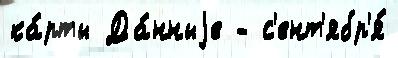
ка́рты Да́нныjе - с'ент'ябр'я́